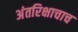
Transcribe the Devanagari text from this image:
अंतरिक्षाचाच